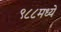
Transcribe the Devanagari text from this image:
९८८मध्ये